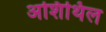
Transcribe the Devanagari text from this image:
अशिथिल